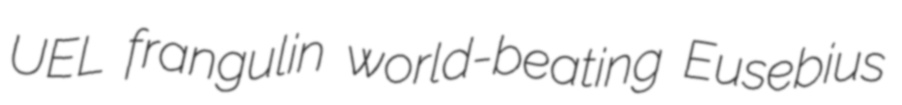
UEL frangulin world-beating Eusebius